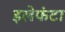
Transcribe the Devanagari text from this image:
इलेफंटा